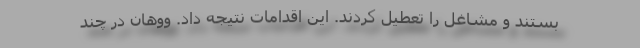
بستند و مشاغل را تعطیل کردند. این اقدامات نتیجه داد. ووهان در چند